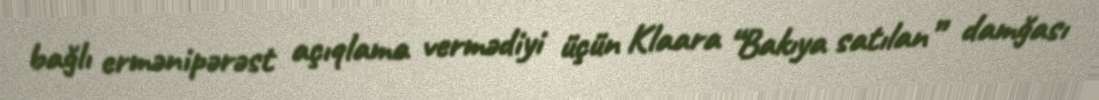
bağlı ermənipərəst açıqlama vermədiyi üçün Klaara “Bakıya satılan” damğası